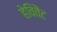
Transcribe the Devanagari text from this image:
हेविवैट